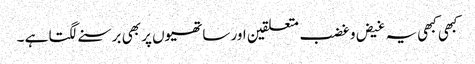
کبھی کبھی یہ غیض و غضب متعلقین اور ساتھیوں پر بھی برسنے لگتا ہے ۔